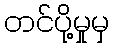
တင်ပို့မှုမှ